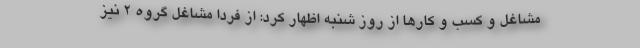
مشاغل و کسب و کار‌ها از روز شنبه اظهار کرد: از فردا مشاغل گروه ۲ نیز